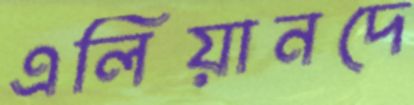
এলিয়ানদে